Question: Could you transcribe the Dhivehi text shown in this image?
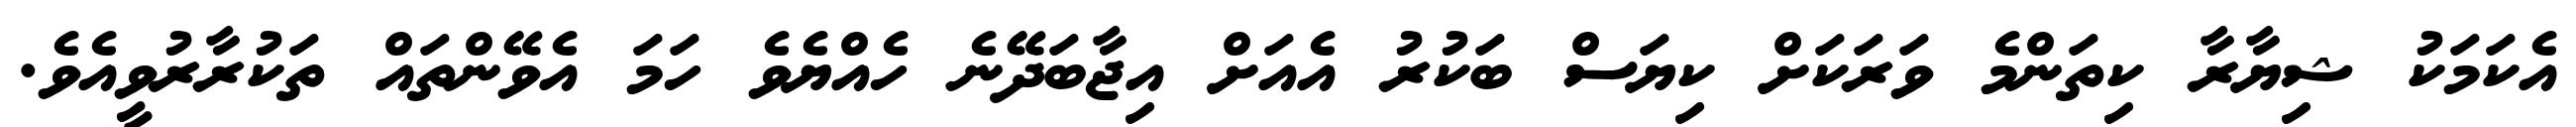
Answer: އެކަމަކު ޝިޔާރާ ކިތަންމެ ވަރަކަށް ކިޔަސް ބަކުރު އެއަށް އިޖާބަދޭނެ ހެއްޔެވެ ހަމަ އެވޭންތައް ތަކުރާރުވީއެވެ.